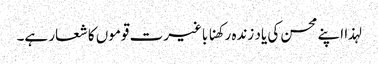
لہذا اپنے محسن کی یاد زندہ رکھنا باغیرت قوموں کا شعار ہے۔